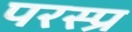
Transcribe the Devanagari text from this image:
परस्प्र